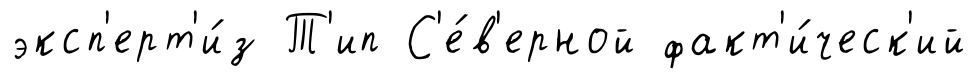
эксп'ерт'и́з Т'ип С'е́в'ерной факт'и́ческ'ий